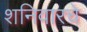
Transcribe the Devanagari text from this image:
शनिवारचे